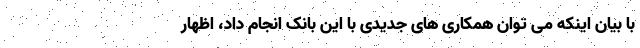
با بیان اینکه می توان همکاری های جدیدی با این بانک انجام داد، اظهار